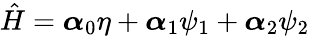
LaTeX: \hat{H}=\boldsymbol{\alpha}_{0}\eta+\boldsymbol{\alpha}_{1}\psi_{1}+\boldsymbol{\alpha}_{2}\psi_{2}